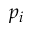
p _ { i }